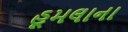
હૂમલાના